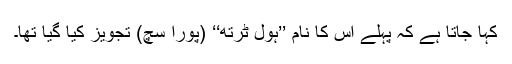
کہا جاتا ہے کہ پہلے اس کا نام ’’ہول ٹرتھ‘‘ (پورا سچ) تجویز کیا گیا تھا۔